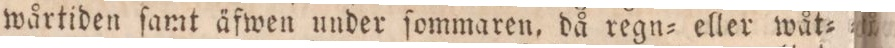
wårtiden ſamt äfwen under ſommaren, då regn= eller wåt=